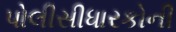
પોલીસીધારકોની